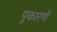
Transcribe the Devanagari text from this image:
पुकारणे